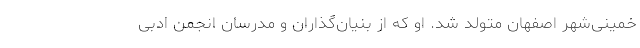
خمینی‌شهر اصفهان متولد شد. او که از بنیان‌گذاران و مدرسان انجمن ادبی